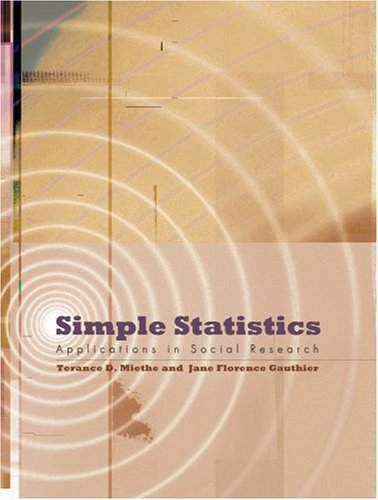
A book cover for Simple Statistics: Applications in Social Research; Terance D. Miethe; Politics & Social Sciences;